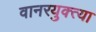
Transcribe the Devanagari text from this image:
वानरयुक्त्या